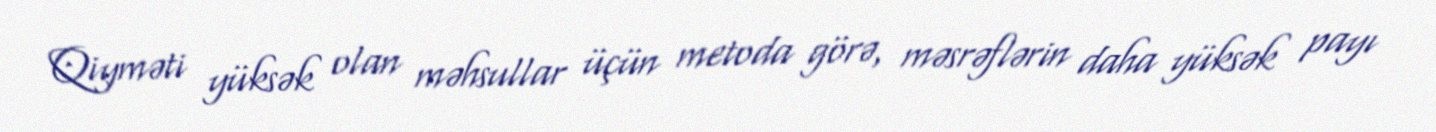
Qiyməti yüksək olan məhsullar üçün metoda görə, məsrəflərin daha yüksək payı